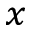
_ x